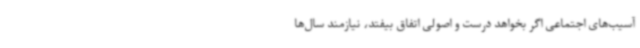
آسیب‌های اجتماعی اگر بخواهد درست و اصولی اتفاق بیفتد، نیازمند سال‌ها